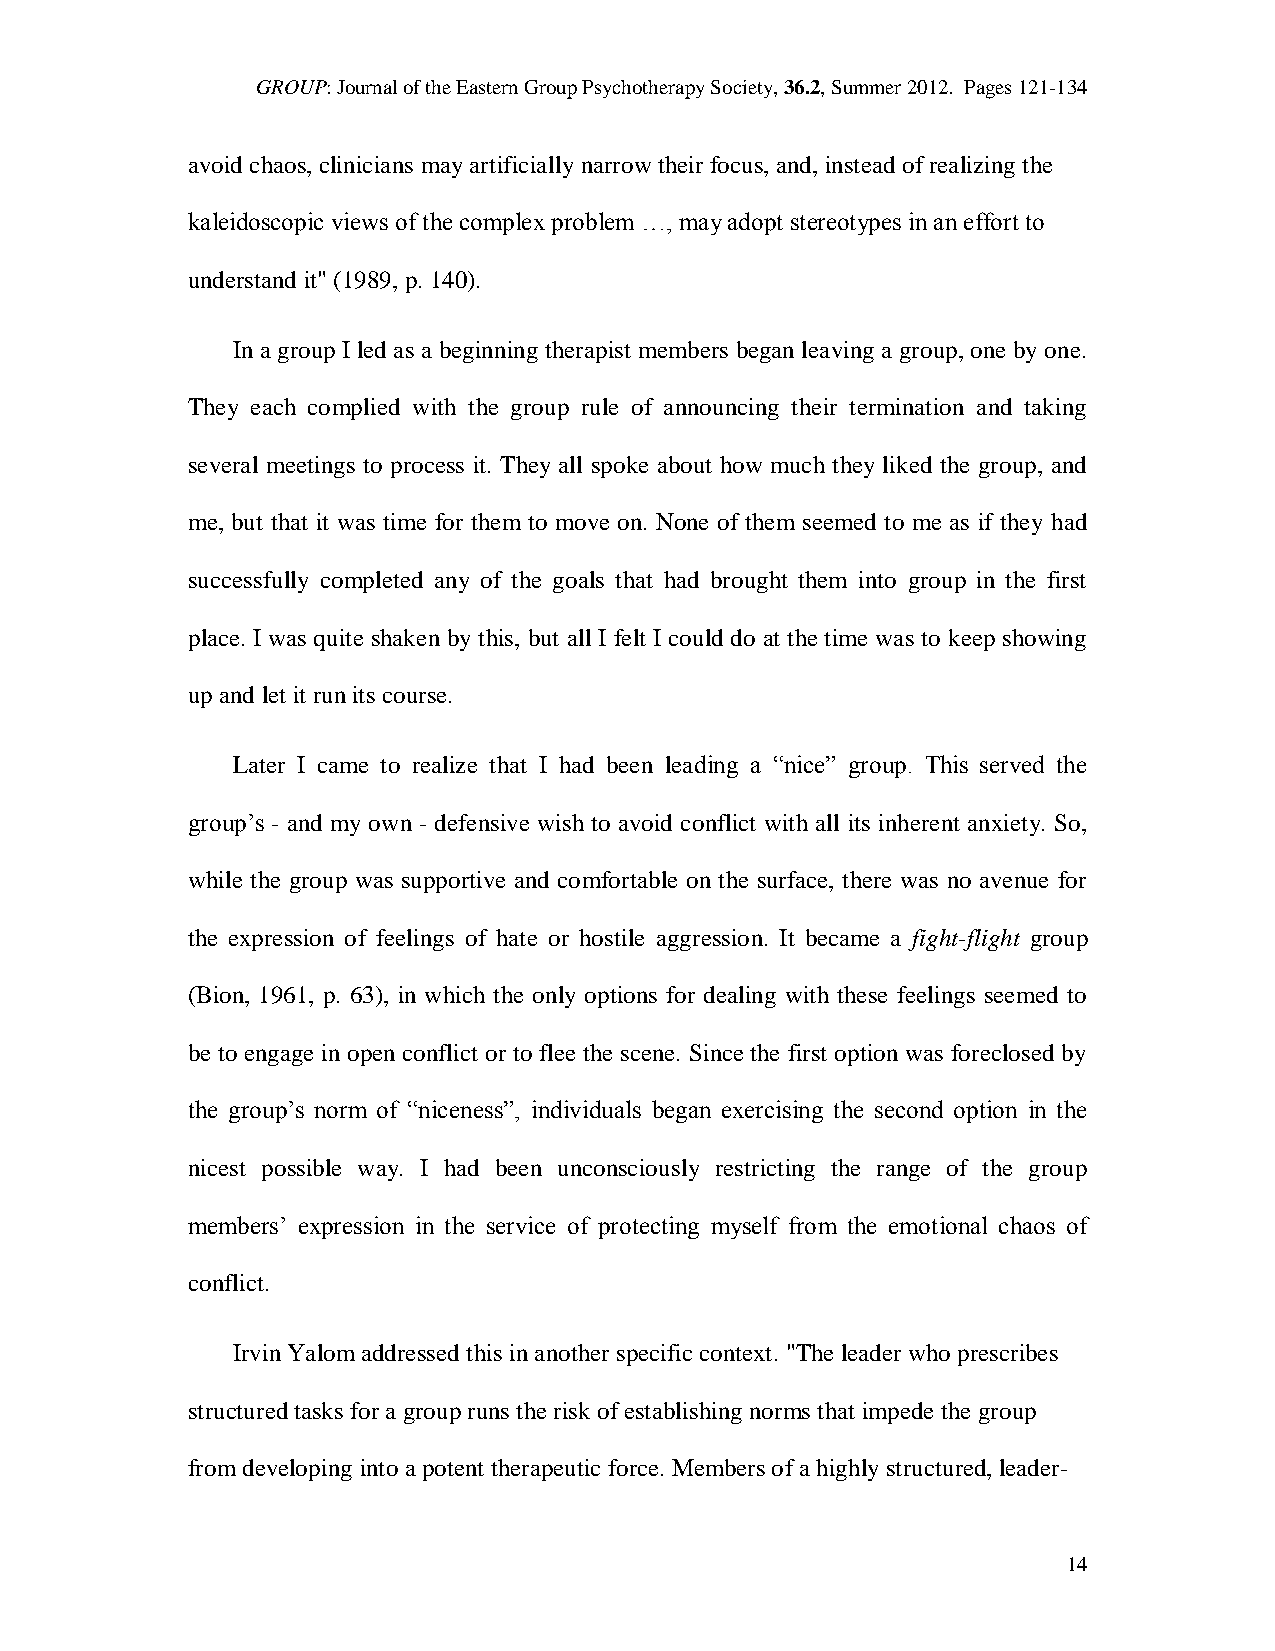
GROUP: Journal of the Eastern Group Psychotherapy Society, 36.2, Summer 2012. Pages 121-134
 avoid chaos, clinicians may artificially narrow their focus, and, instead of realizing the
 kaleidoscopic views of the complex problem …, may adopt stereotypes in an effort to
 understand it" (1989, p. 140).
 In a group I led as a beginning therapist members began leaving a group, one by one.
 They each complied with the group rule of announcing their termination and taking
 several meetings to process it. They all spoke about how much they liked the group, and
 me, but that it was time for them to move on. None of them seemed to me as if they had
 successfully completed any of the goals that had brought them into group in the first
 place. I was quite shaken by this, but all I felt I could do at the time was to keep showing
 up and let it run its course.
 Later I came to realize that I had been leading a “nice” group. This served the
 group’s - and my own - defensive wish to avoid conflict with all its inherent anxiety. So,
 while the group was supportive and comfortable on the surface, there was no avenue for
 the expression of feelings of hate or hostile aggression. It became a fight-flight group
 (Bion, 1961, p. 63), in which the only options for dealing with these feelings seemed to
 be to engage in open conflict or to flee the scene. Since the first option was foreclosed by
 the group’s norm of “niceness”, individuals began exercising the second option in the
 nicest possible way. I had been unconsciously restricting the range of the group
 members’ expression in the service of protecting myself from the emotional chaos of
 conflict.
 Irvin Yalom addressed this in another specific context. "The leader who prescribes
 structured tasks for a group runs the risk of establishing norms that impede the group
 from developing into a potent therapeutic force. Members of a highly structured, leader-
 14